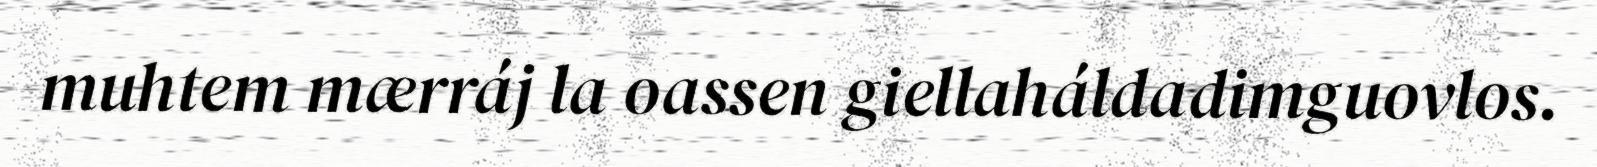
muhtem mærráj la oassen giellaháldadimguovlos.